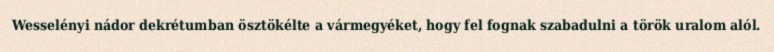
Wesselényi nádor dekrétumban ösztökélte a vármegyéket, hogy fel fognak szabadulni a török uralom alól.